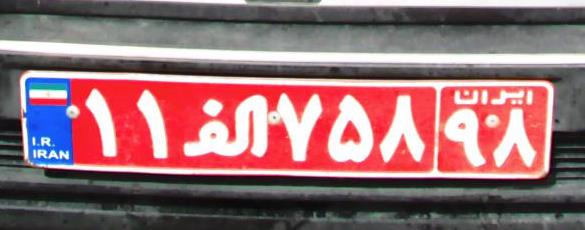
۱۱ا۷۵۸۹۸